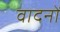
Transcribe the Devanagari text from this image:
वादनों